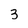
Character: 3